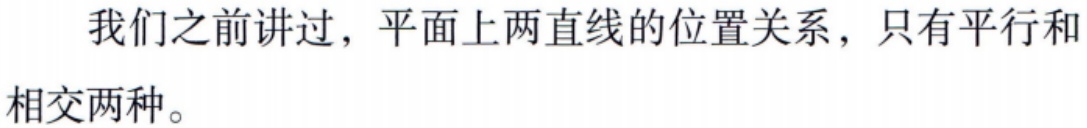
我们之前讲过，平面上两直线的位置关系，只有平行和相交两种。